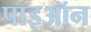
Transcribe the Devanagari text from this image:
पाइऑन